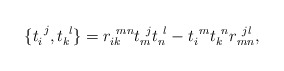
\begin{align*}\{ t_{i}^{~j},t_{k}^{~l}\}=r_{ik}^{~mn}t_{m}^{~j}t_{n}^{~l}-t_{i}^{~m}t_{k}^{~n}r_{mn}^{~jl},\end{align*}